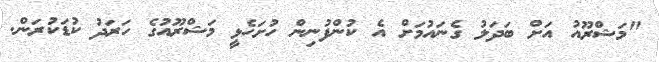
"މަޝްރޫއު އަށް ބަދަލު ގެނައުމަށް އެ ކުންފުނިން ހުށަހެޅީ މަޝްރޫއުގެ ހަރަދު ކުޑަކުރަން.